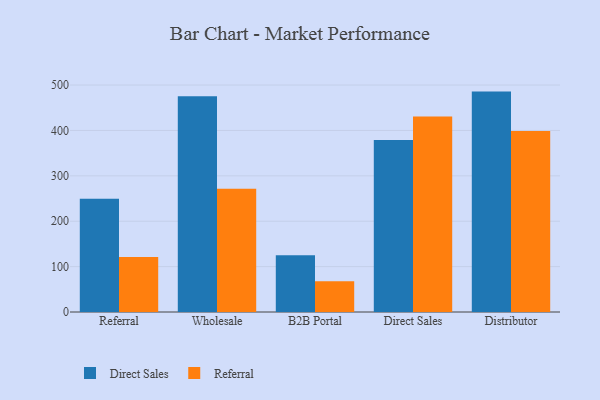
{"axis": {"x": "Channel", "y": "Demand Index"}, "legend": ["Direct Sales", "Referral"], "data": [{"x": "Referral", "y": 249.7, "type": "Direct Sales"}, {"x": "Referral", "y": 121.1, "type": "Referral"}, {"x": "Wholesale", "y": 475.1, "type": "Direct Sales"}, {"x": "Wholesale", "y": 271.6, "type": "Referral"}, {"x": "B2B Portal", "y": 125.0, "type": "Direct Sales"}, {"x": "B2B Portal", "y": 67.7, "type": "Referral"}, {"x": "Direct Sales", "y": 379.1, "type": "Direct Sales"}, {"x": "Direct Sales", "y": 431.0, "type": "Referral"}, {"x": "Distributor", "y": 485.6, "type": "Direct Sales"}, {"x": "Distributor", "y": 398.8, "type": "Referral"}]}